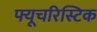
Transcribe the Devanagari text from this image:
फ्यूचरिस्टिक